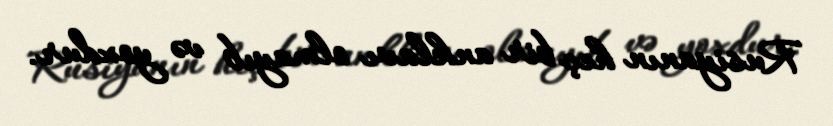
Rusiyanın heç bir anklavı olmayıb və yoxdur.